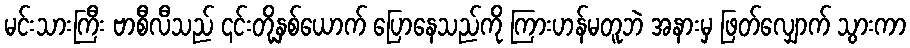
မင်းသားကြီး ဗာစီလီသည် ၎င်းတို့နှစ်ယောက် ပြောနေသည်ကို ကြားဟန်မတူဘဲ အနားမှ ဖြတ်လျှောက် သွားကာ